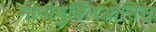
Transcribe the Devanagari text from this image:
मोनोंयुक्लिओसिस